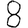
Digit: 8